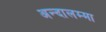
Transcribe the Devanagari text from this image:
अन्दालम्मा